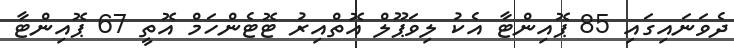
ދެވަނައިގައި 85 ޕޮއިންޓާ އެކު ލިވަޕޫލް އޮތްއިރު ޓޮޓެންހަމް އޮތީ 67 ޕޮއިންޓާ